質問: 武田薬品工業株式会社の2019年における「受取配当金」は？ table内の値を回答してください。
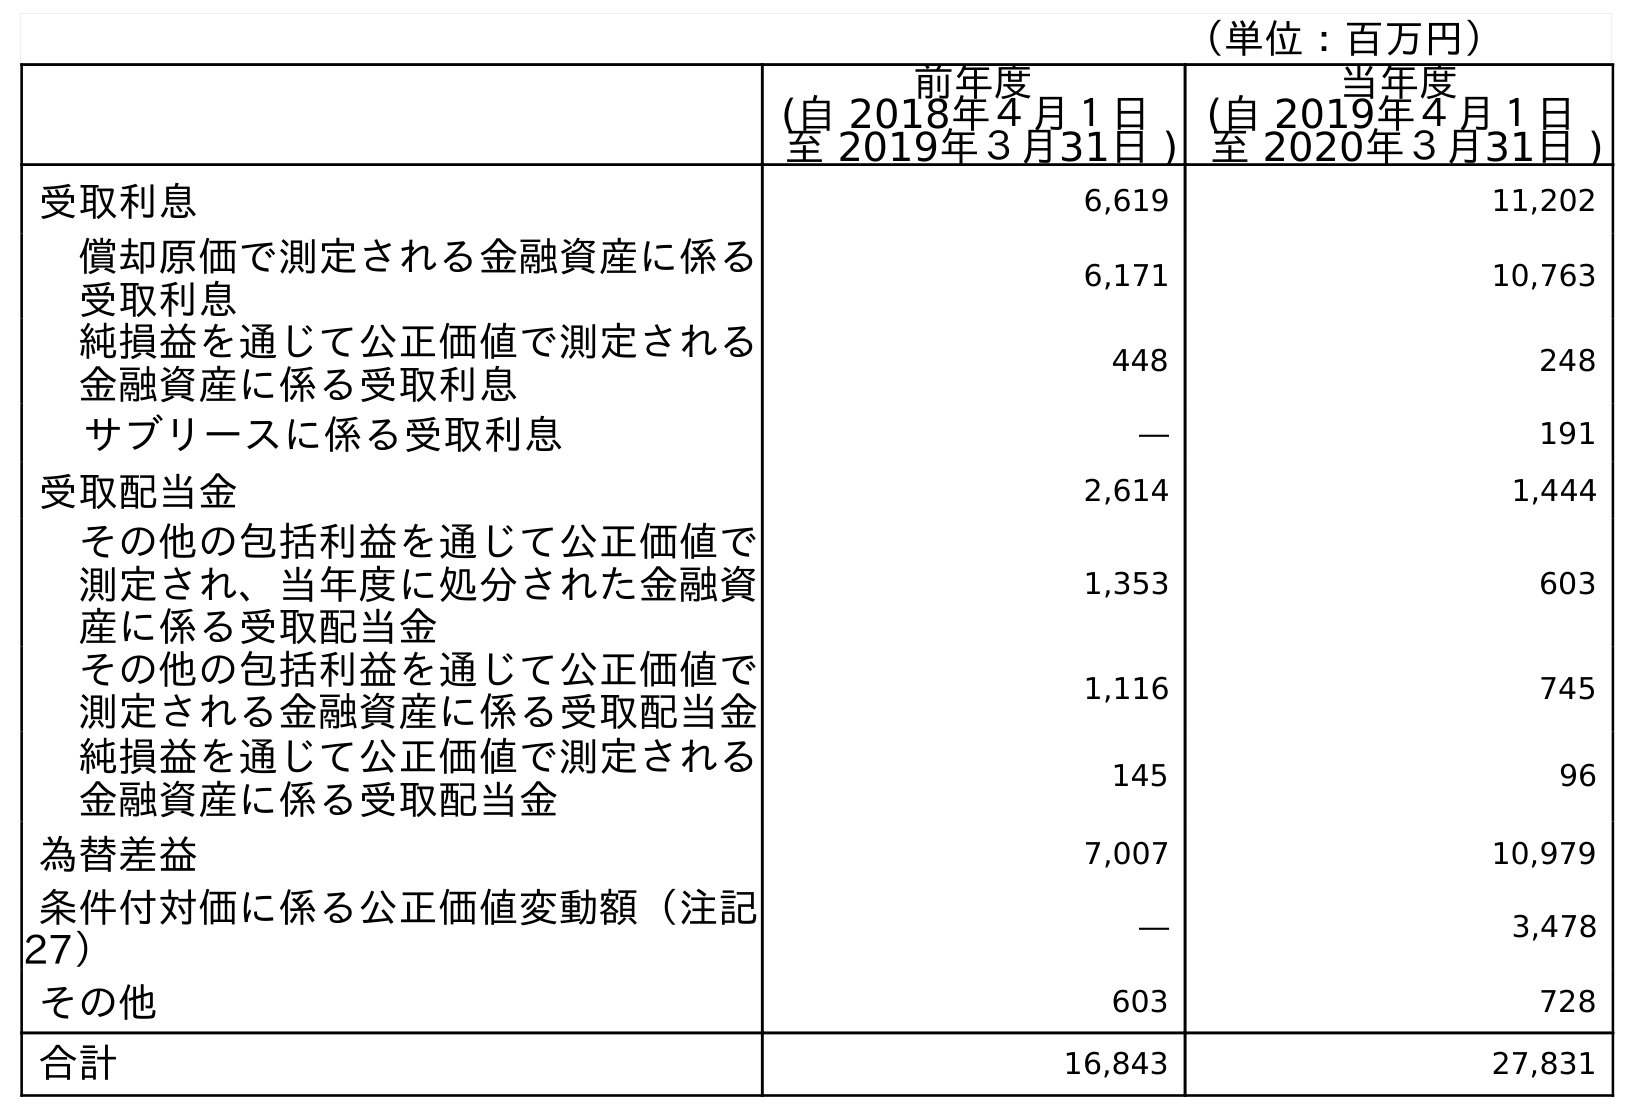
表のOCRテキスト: （単位：百万円） 前年度 (自 2018年４月１日 至 2019年３月31日 ) 当年度 (自 2019年４月１日 至 2020年３月31日 ) 受取利息 6,619 11,202 償却原価で測定される金融資産に係る 受取利息 6,171 10,763 純損益を通じて公正価値で測定される 金融資産に係る受取利息 448 248 サブリースに係る受取利息 ― 191 受取配当金 2,614 1,444 その他の包括利益を通じて公正価値で 測定され、当年度に処分された金融資 産に係る受取配当金 1,353 603 その他の包括利益を通じて公正価値で 測定される金融資産に係る受取配当金 1,116 745 純損益を通じて公正価値で測定される 金融資産に係る受取配当金 145 96 為替差益 7,007 10,979 条件付対価に係る公正価値変動額（注記 27） ― 3,478 その他 603 728 合計 16,843 27,831
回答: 2,614